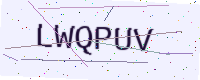
Text: LWQPUV